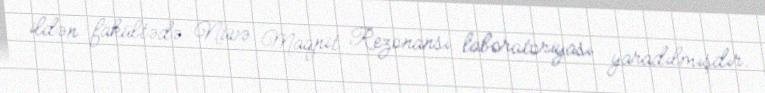
ildən fakültədə Nüvə Maqnit Rezonansı laboratoriyası yaradılmışdır.